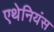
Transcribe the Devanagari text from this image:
एथेनियंस